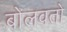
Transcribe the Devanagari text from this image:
बोलवतो